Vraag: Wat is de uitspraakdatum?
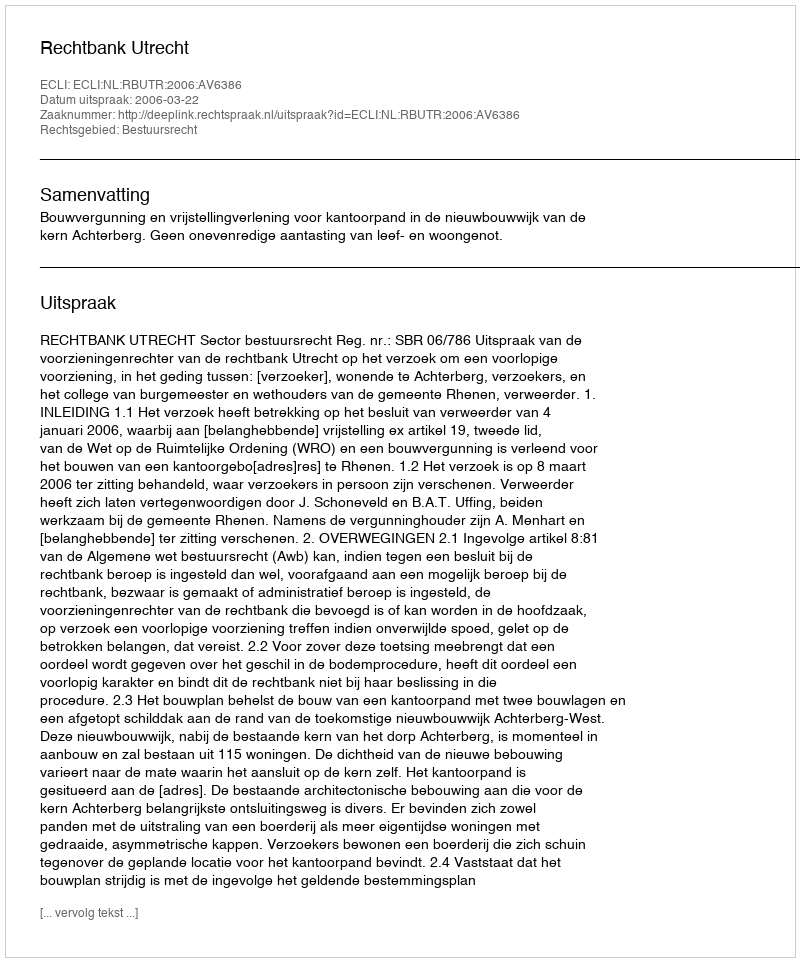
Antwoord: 2006-03-22